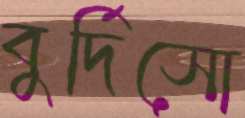
বুর্দিসো